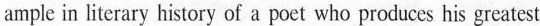
ample in literary history of a poct who produces his greatest